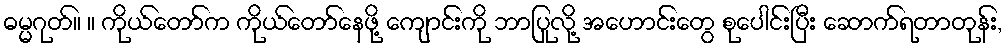
ဓမ္မဂုတ်။ ။ ကိုယ်တော်က ကိုယ်တော်နေဖို့ ကျောင်းကို ဘာပြုလို့ အဟောင်းတွေ စုပေါင်းပြီး ဆောက်ရတာတုန်း,